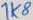
Text: 1K8